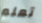
تعلم